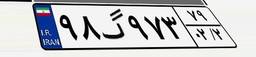
۹۸گ۹۷۳۷۹